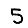
Digit: 5